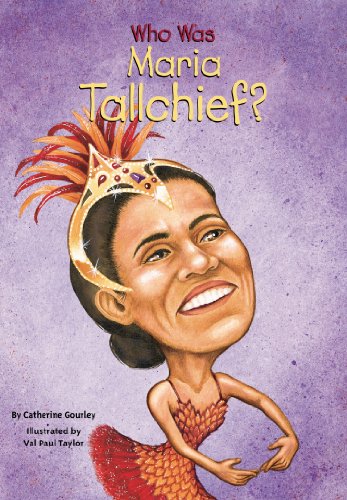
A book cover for Who Was Maria Tallchief?; Catherine Gourley; Children's Books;